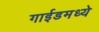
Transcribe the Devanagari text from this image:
गाईडमध्ये